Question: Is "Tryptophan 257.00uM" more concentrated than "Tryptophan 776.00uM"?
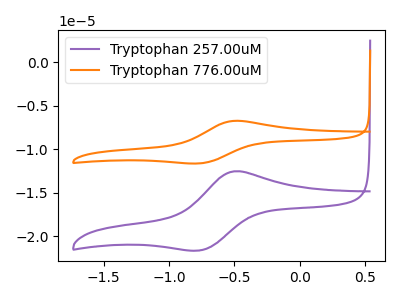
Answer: <think>The purple curve "Tryptophan 257.00uM" has an anodic peak at (-0.50V, -12.55uA) and a cathodic peak at (-0.75V, -21.60uA). The orange curve "Tryptophan 776.00uM" has an anodic peak at (-0.50V, -6.75uA) and a cathodic peak at (-0.75V, -11.60uA).
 All the peaks in "Tryptophan 257.00uM" have a peak in "Tryptophan 776.00uM" at the same potential.</think>
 <answer>I cant tell if "Tryptophan 257.00uM" or "Tryptophan 776.00uM" has higher concentration.</answer>
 <eval>mixed_concentration</eval>